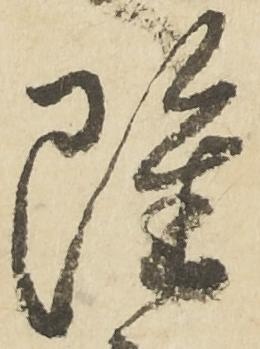
雖